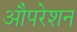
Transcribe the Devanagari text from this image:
औपरेशन